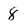
Character: 8